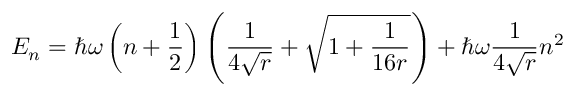
E _ { n } = \hbar \omega \left( n + \frac { 1 } { 2 } \right) \left( \frac { 1 } { 4 \sqrt { r } } + \sqrt { 1 + \frac { 1 } { 1 6 r } } \right) + \hbar \omega \frac { 1 } { 4 \sqrt { r } } n ^ { 2 }